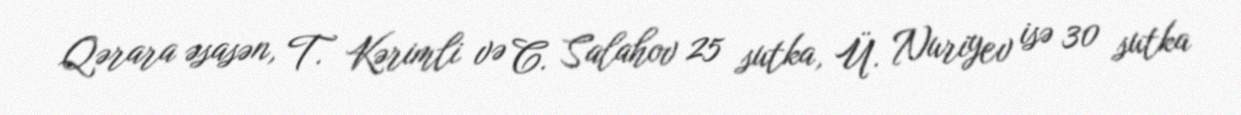
Qərara əsasən, T. Kərimli və C. Salahov 25 sutka, Ü. Nuriyev isə 30 sutka